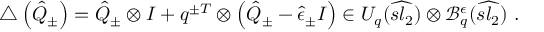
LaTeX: \triangle \left( \hat { Q } _ { \pm } \right) = \hat { Q } _ { \pm } \otimes I + q ^ { \pm T } \otimes \left( \hat { Q } _ { \pm } - \hat { \epsilon } _ { \pm } I \right) \in U _ { q } ( \widehat { s l _ { 2 } } ) \otimes \mathcal { B } _ { q } ^ { \epsilon } ( \widehat { s l _ { 2 } } ) \ .